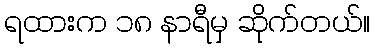
ရထားက ၁၈ နာရီမှ ဆိုက်တယ်။